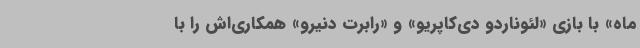
ماه» با بازی «لئوناردو دی‌کاپریو» و «رابرت دنیرو» همکاری‌اش را با